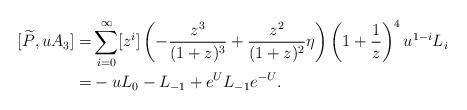
LaTeX: \begin{align*}[\widetilde{P}, uA_3]=&\sum_{i=0}^{\infty}[z^i]\left(-\frac{z^3}{(1+z)^3}+\frac{z^2}{(1+z)^2}\eta\right)\left(1+\frac{1}{z}\right)^4 u^{1-i}L_i\\=&-uL_0-L_{-1}+e^UL_{-1}e^{-U}.\end{align*}